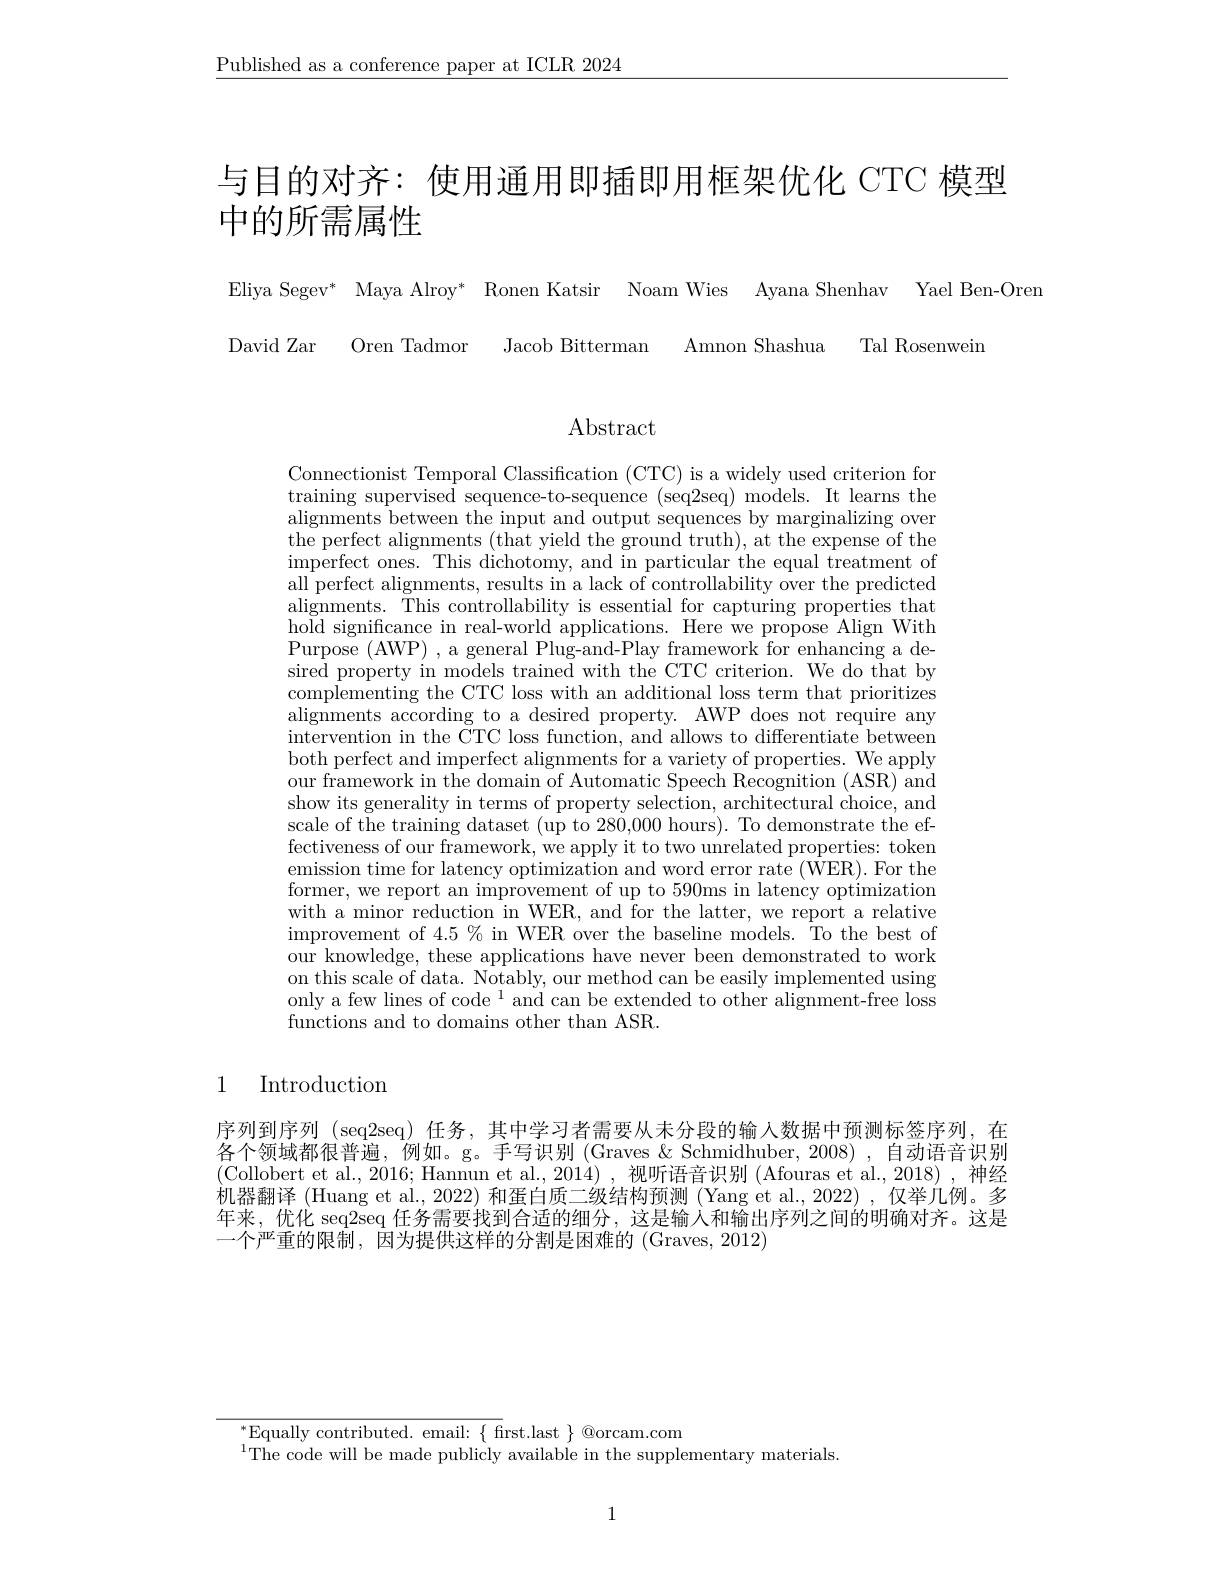
$\underline{\text{Published as a conference paper at ICLR 2024}}$

# 与目的对齐：使用通用即插即用框架优化 CTC 模型中的所需属性

Eliya Segev* Maya Alroy* Ronen Katsir Noam Wies Ayana Shenhav Yael Ben-Oren
David Zar Oren Tadmor Jacob Bitterman Amnon Shashua Tal Rosenwein

Abstract

Connectionist Temporal Classification (CTC) is a widely used criterion for training supervised sequence-to-sequence (seq2seq) models. It learns the alignmentsbetweentheinputandoutputsequencesbymarginalizingover the perfect alignments (that yield the ground truth), at the expense of the $\bar{\text{imperfect ones. This dichotomy, and in particular the equal treatment of}}$ all perfect alignments, results in a lack of controllability over the predicted alignments. This controllability is essential for capturing properties that hold significance in real-world applications. Here we propose Align With $\bar{\mathrm{Purpose~(AWP)~,~a~general~Plug-and-Play~framework~for~enhancing~a~de-}}$ sired property in models trained with the CTC criterion. We do that by complementing the CTC loss with an additional loss term that prioritizes alignments according to a desired property. AWP does not require any intervention in the CTC loss function, and allows to differentiate between both perfect and imperfect alignments for a variety of properties. We apply our framework in the domain of Automatic Speech Recognition (ASR) and show its generality in terms of property selection, architectural choice, and scale of the training dataset (up to 280,000 hours). To demonstrate the effectiveness of our framework, we apply it to two unrelated properties: token emission time for latency optimization and word error rate ($\hat{\mathrm{WER}}).$ For the former, we report an improvement of up to 590ms in latency optimization with a minor reduction in WER, and for the latter, we report a relative improvement of 4.5 % in WER over the baseline models. To the best of our knowledge, these applications have never been demonstrated to work on this scale of data. Notably, our method can be easily implemented using only a few lines of code $^1$ and can be extended to other alignment-free loss functions and to domains other than ASR.

1 Introduction

序列到序列 (seq2seq) 任务，其中学习者需要从未分段的输入数据中预测标签序列，在各个领域都很普遍，例如。g。手写识别 (Graves $\&$ Schmidhuber, 2008) ,自动语音识别(Collobert et al., 2016; Hannun et al., 2014) , 视听语音识别 (Afouras et al., 2018) , 神经机器翻译 (Huang et al., 2022) 和蛋白质二级结构预测 (Yang et al., 2022) ,仅举几例。多年来，优化 seq2seq 任务需要找到合适的细分，这是输入和输出序列之间的明确对齐。这是一个严重的限制，因为提供这样的分割是困难的 (Graves, 2012)

$^{*}$Equally contributed. email: $\{$ frst.last $\}$ @orcam.com
$^{1}$The code will be made publicly available in the supplementary materials.